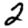
Digit: 2